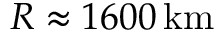
R \approx 1 6 0 0 \, { \mathrm { k m } }